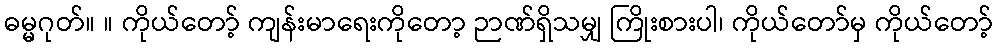
ဓမ္မဂုတ်။ ။ ကိုယ်တော့် ကျန်းမာရေးကိုတော့ ဉာဏ်ရှိသမျှ ကြိုးစားပါ၊ ကိုယ်တော်မှ ကိုယ်တော့်